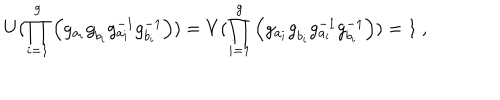
U ( \prod _ { i = 1 } ^ { g } \left( g _ { a _ { i } } ^ { ~ } g _ { b _ { i } } ^ { ~ } g _ { a _ { i } } ^ { - 1 } g _ { b _ { i } } ^ { - 1 } \right) ) = V ( \prod _ { i = 1 } ^ { g } \left( g _ { a _ { i } } ^ { ~ } g _ { b _ { i } } ^ { ~ } g _ { a _ { i } } ^ { - 1 } g _ { b _ { i } } ^ { - 1 } \right) ) = 1 ~ ,